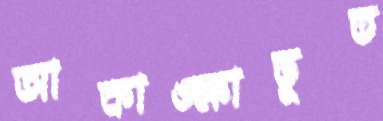
আকাঙ্ক্ষাভূত